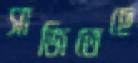
সাজিতেছে